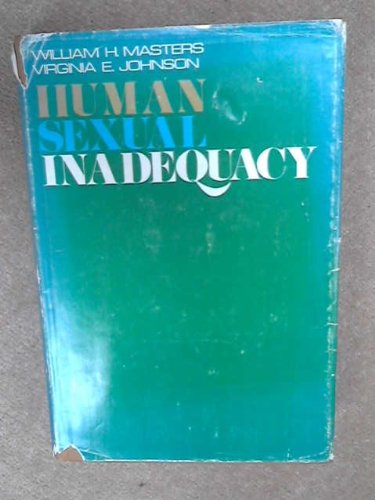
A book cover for Human Sexual Inadequacy; William H. Masters; Health, Fitness & Dieting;